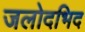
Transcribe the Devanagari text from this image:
जलोदभिद